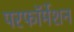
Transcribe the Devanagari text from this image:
परफॉर्मेशन